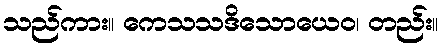
သည်ကား။ ကေသသဒိသောယေဝ၊ တည်း။